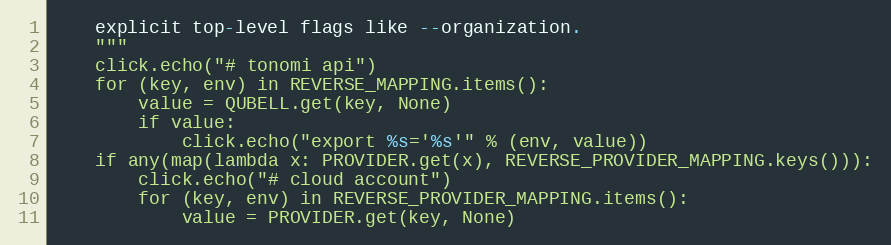
Language: Python
    explicit top-level flags like --organization.
    """
    click.echo("# tonomi api")
    for (key, env) in REVERSE_MAPPING.items():
        value = QUBELL.get(key, None)
        if value:
            click.echo("export %s='%s'" % (env, value))
    if any(map(lambda x: PROVIDER.get(x), REVERSE_PROVIDER_MAPPING.keys())):
        click.echo("# cloud account")
        for (key, env) in REVERSE_PROVIDER_MAPPING.items():
            value = PROVIDER.get(key, None)